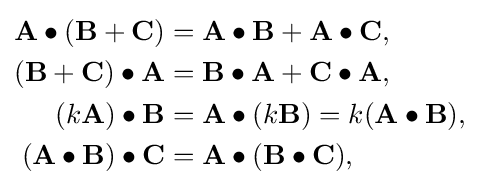
{\begin{aligned}\mathbf {A} \bullet (\mathbf {B} +\mathbf {C} )&=\mathbf {A} \bullet \mathbf {B} +\mathbf {A} \bullet \mathbf {C} ,\\(\mathbf {B} +\mathbf {C} )\bullet \mathbf {A} &=\mathbf {B} \bullet \mathbf {A} +\mathbf {C} \bullet \mathbf {A} ,\\(k\mathbf {A} )\bullet \mathbf {B} &=\mathbf {A} \bullet (k\mathbf {B} )=k(\mathbf {A} \bullet \mathbf {B} ),\\(\mathbf {A} \bullet \mathbf {B} )\bullet \mathbf {C} &=\mathbf {A} \bullet (\mathbf {B} \bullet \mathbf {C} ),\\\end{aligned}}